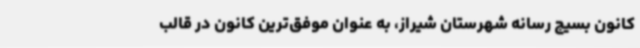
کانون بسیج رسانه شهرستان شیراز، به عنوان موفق‌ترین کانون در قالب